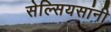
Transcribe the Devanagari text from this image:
सेल्सियसांनी